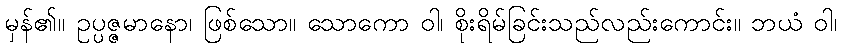
မှန်၏။ ဥပ္ပဇ္ဇမာနော၊ ဖြစ်သော။ သောကော ဝါ၊ စိုးရိမ်ခြင်းသည်လည်းကောင်း။ ဘယံ ဝါ၊